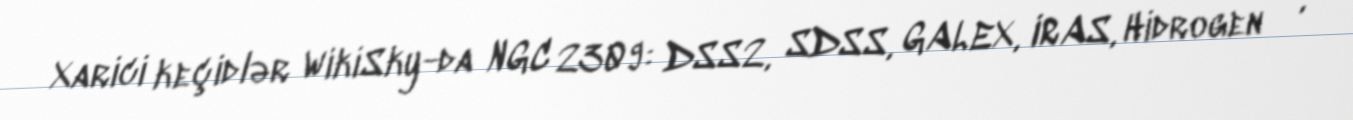
Xarici keçidlər WikiSky-da NGC 2309: DSS2, SDSS, GALEX, IRAS, Hidrogen α,